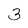
Character: 3